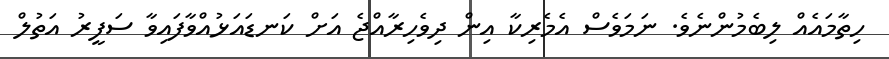
ހިތާމައެއް ލިބެމުންނެވެ. ނަމަވެސް އެމެރިކާ އިން ދިވެހިރާއްޖެ އަށް ކަނޑައަޅުއްވާފައިވާ ސަފީރު އަތުލް